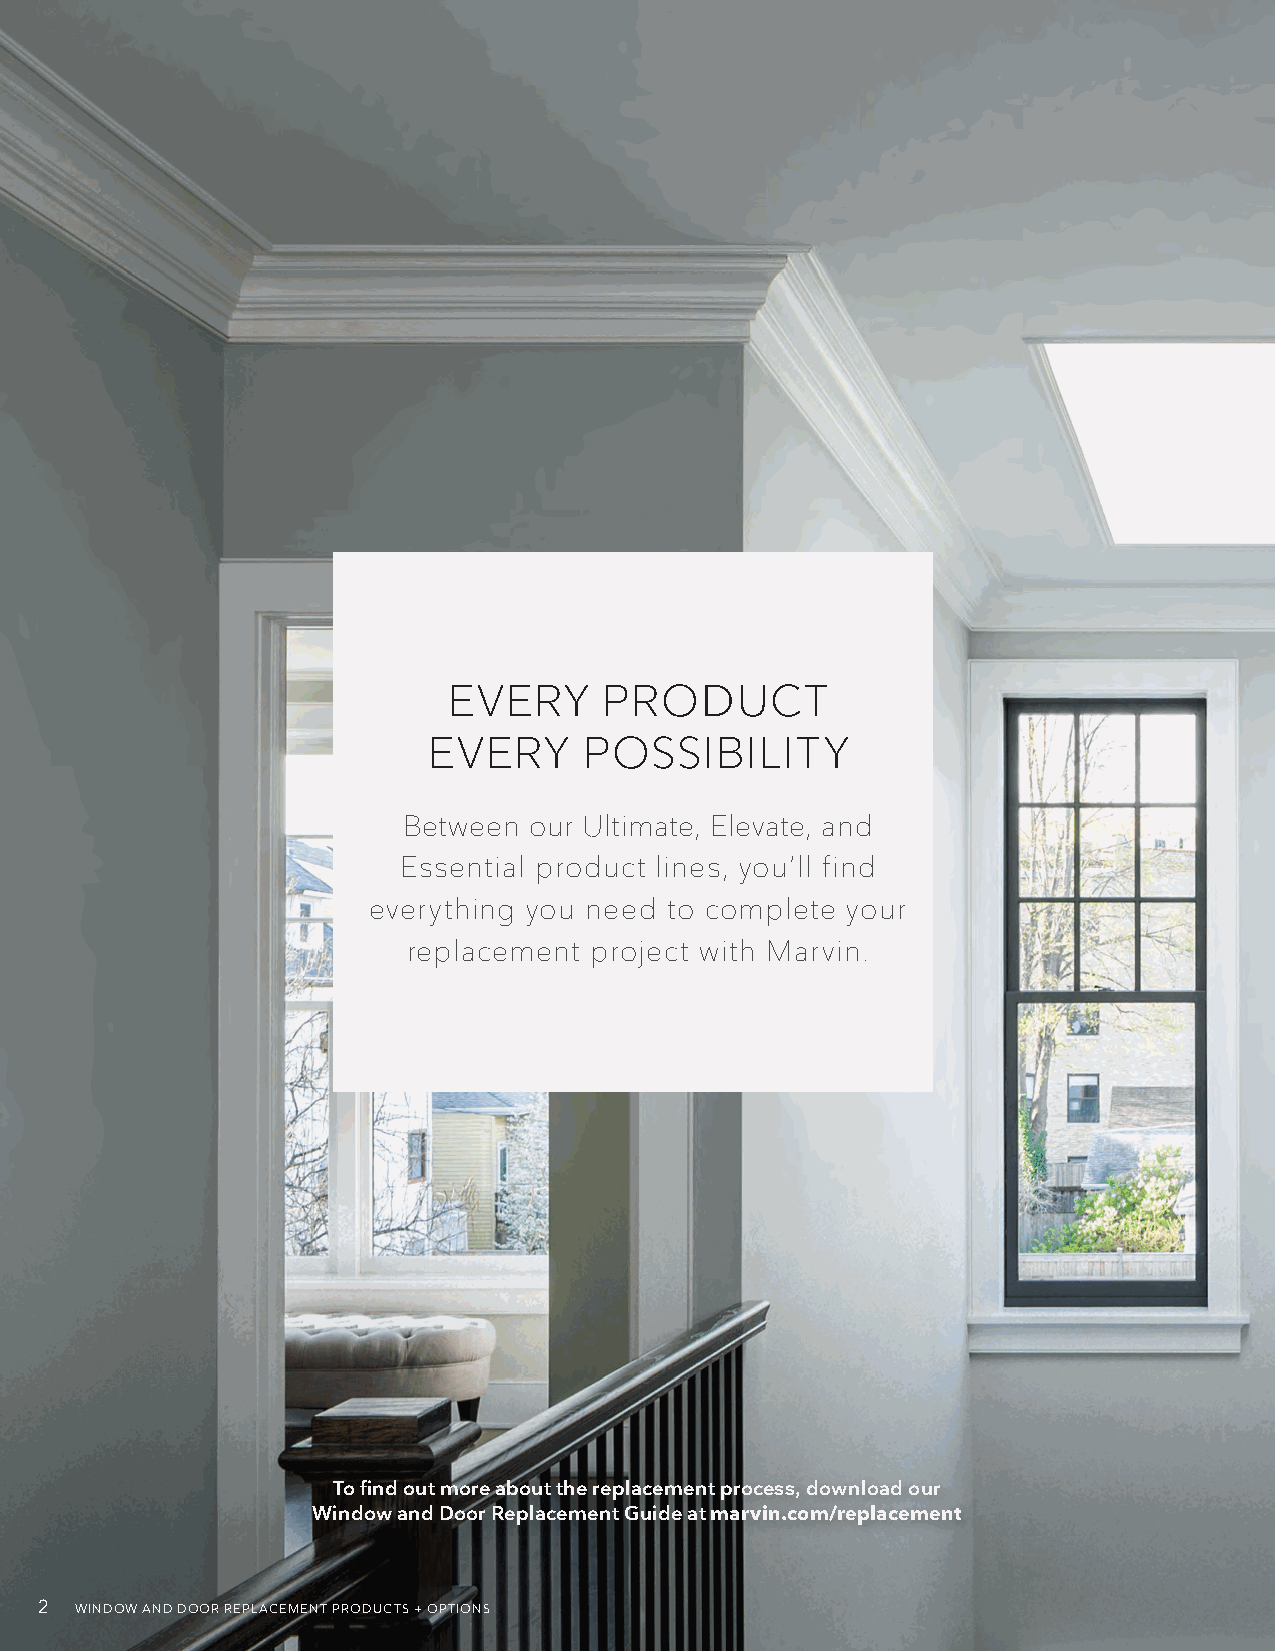
EVERY     PRODUCT
 EVERY      POSSIBILITY
 Between our Ultimate, Elevate, and
 Essential product lines, you’ll find
 everything you need to complete your
 replacement project with Marvin.
 To find out more about the replacement process, download our
 Window and Door Replacement Guide at marvin.com/replacement
 2  WINDOW AND DOOR REPLACEMENT PRODUCTS + OPTIONS